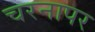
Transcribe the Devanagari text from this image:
चरनापर